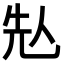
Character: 𠈣